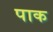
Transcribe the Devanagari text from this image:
पाक